Report on the working of the Ranchi Indian Mental Hospital, Kanke, in Bihar and Orissa - 1930-1940
Year: 1930
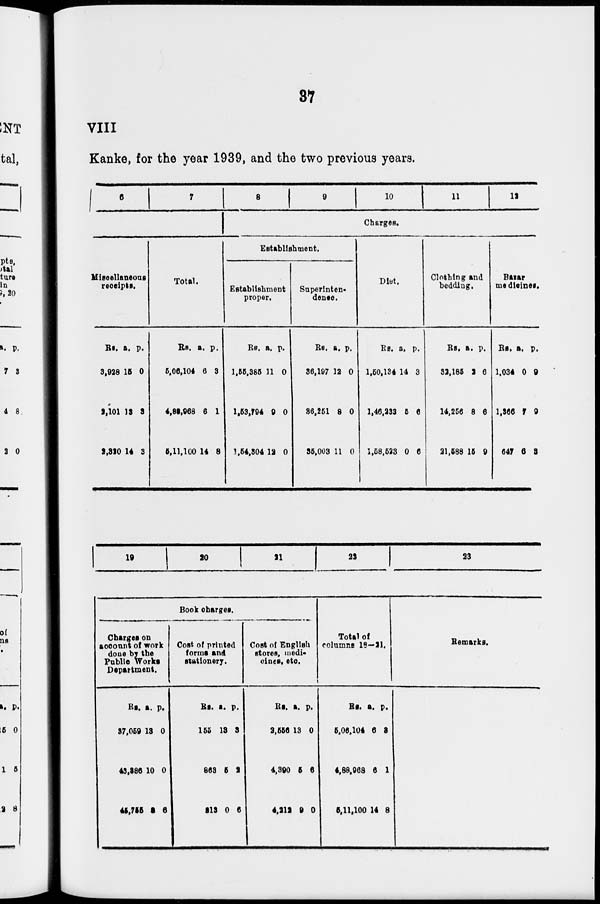
37
VIII
Kanke, for the year 1939, and the two previous years.
6
7
Miscellaneous
receipts.
Rs.
3,928
1,101
2,320
a.
15
13
14
p.
0
3
3
Total.
Rs.
5,06,104
4,83,968
5,11,100
a.
6
6
14
p.
3
1
8
8
9
10
11
12
Charges.
Establishment.
Establishment
proper.
Rs.
1,55,385
1,53,794
1,54,304
a.
11
9
12
p.
0
0
0
Superinten-
dence.
Rs.
36,197
36,251
35,003
a.
12
8
11
p.
0
0
0
Diet.
Rs.
1,50,134
1,46,233
1,58,523
a.
14
5
0
p.
3
6
6
Clothing and
bedding.
Rs.
32,185
14,256
21,588
a.
2
8
15
p.
6
6
9
Bazar
medicines.
Rs.
1,034
1,366
647
a.
0
7
6
p.
9
9
3
19 20
21
22
23
Book charges.
Charges on
account of work
done by the
Public Works
Department.
Rs.
37,059
43,386
45,755
a.
13
10
3
p.
0
0
6
Cost of printed
forms and
stationery.
Rs.
155
863
213
a.
13
5
0
p.
3
2
6
Cost of English
stores, medi-
cines, etc.
Rs.
2,556
4,390
4,212
a.
13
5
9
p.
0
6
0
Total of
columns 18—21.
Rs.
5,06,104
4,88,968
5,11,100
a.
6
6
14
p.
3
1
8
Remarks.